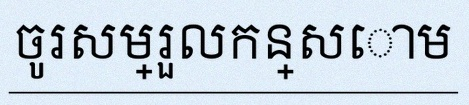
ចូរសម្រួលកន្សោម